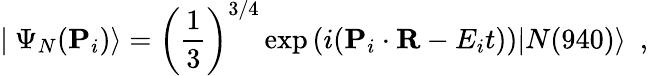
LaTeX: |~\Psi_{N}({\mathbf P}_{i})\rangle=\left({\frac{1}{3}}\right)^{3/4}\exp\left(i({\mathbf P}_{i}\cdot{\mathbf R}-E_{i}t)\right)|N(940)\rangle~~,